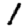
Digit: 1